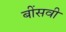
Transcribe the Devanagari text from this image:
बींसवी